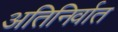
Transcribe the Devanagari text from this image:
अतिनिर्वात